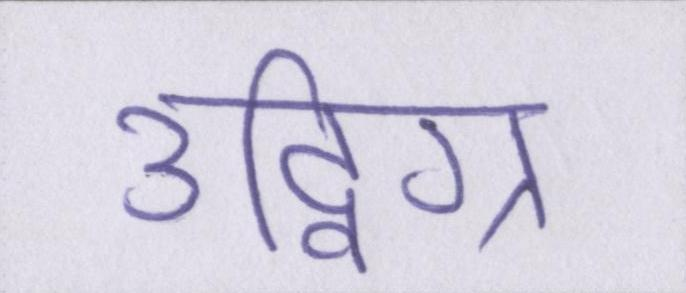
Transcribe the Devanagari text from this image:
उद्विग्न